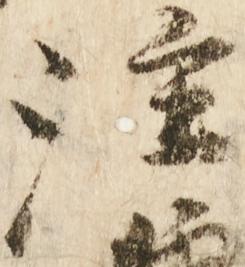
注